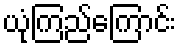
ယုံကြည်ကြောင်း